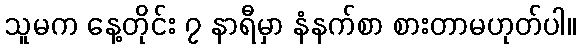
သူမက နေ့တိုင်း ၇ နာရီမှာ နံနက်စာ စားတာမဟုတ်ပါ။